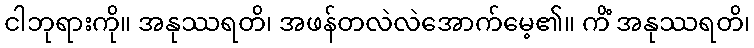
ငါဘုရားကို။ အနုဿရတိ၊ အဖန်တလဲလဲအောက်မေ့၏။ ကိံ အနုဿရတိ၊